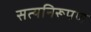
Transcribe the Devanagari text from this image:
सत्यनिरूपण